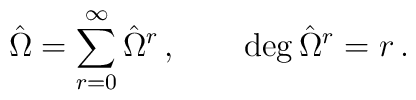
{\hat\Omega}=\sum^\infty_{r=0} {\hat\Omega}^r\,,\qquad \deg{{\hat\Omega^r}}=r\,.